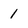
Character: 1